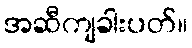
အဆီကျခါးပတ်။